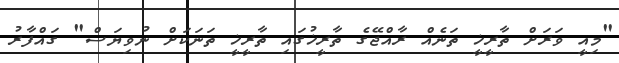
"މިއީ ވަރަށް ތާރީޚީ ތަނެއް ރާއްޖޭގެ ތާރީޚުގައި ތާރީޚީ ތަނަކަށް ނުވިޔަސް" ގައްފާރު